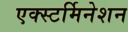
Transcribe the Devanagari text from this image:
एक्स्टर्मिनेशन